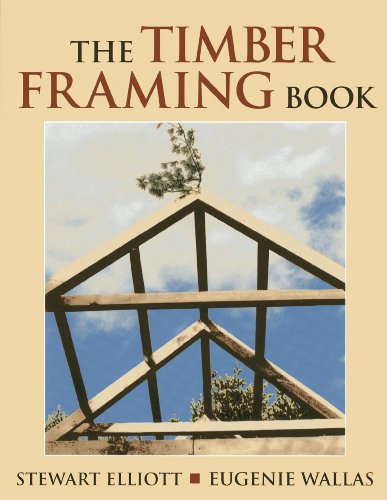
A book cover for The Timber Framing Book; Stewart Elliott; Arts & Photography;